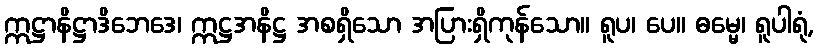
ဣဋ္ဌာနိဋ္ဌာဒိဘေဒေ၊ ဣဋ္ဌအနိဋ္ဌ အစရှိသော အပြားရှိကုန်သော။ ရူပ၊ ပေ။ ဓမ္မေ၊ ရူပါရုံ,